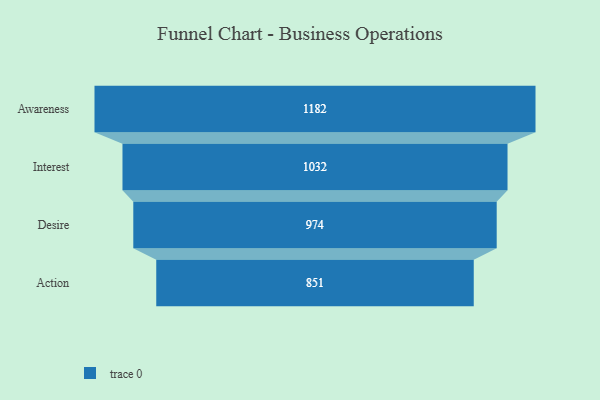
{"axis": {"x": "Stage", "y": "Value"}, "legend": [""], "data": [{"x": "Awareness", "y": 1182.0, "type": ""}, {"x": "Interest", "y": 1032.0, "type": ""}, {"x": "Desire", "y": 974.0, "type": ""}, {"x": "Action", "y": 851.0, "type": ""}]}